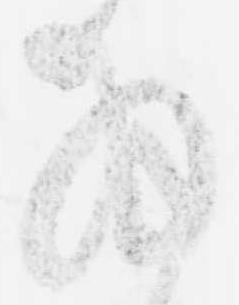
拝